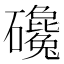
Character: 𰧫